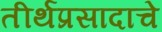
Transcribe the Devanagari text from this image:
तीर्थप्रसादाचे